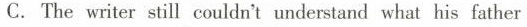
C.The writer still couldn't understand what his father